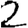
Digit: 2